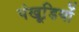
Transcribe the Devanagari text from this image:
पंखूडि़यों